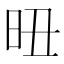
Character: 𣅴